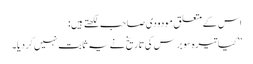
اس کے متعلق مودودی صاحب لکھتے ہیں:
’’کیا تیرہ سو برس کی تاریخ نے یہ ثابت نہیں کردیا۔